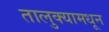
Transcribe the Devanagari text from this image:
तालुक्‍यामधून